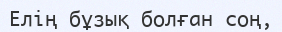
Елің бұзық болған соң,